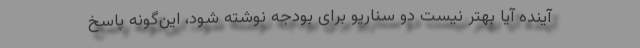
آینده آیا بهتر نیست دو سناریو برای بودجه نوشته شود، این‌گونه پاسخ